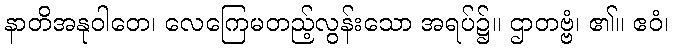
နာတိအနုဝါတေ၊ လေကြေမတည့်လွန်းသော အရပ်၌။ ဌာတဗ္ဗံ၊ ၏။ ဧဝံ၊